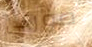
مورلي